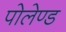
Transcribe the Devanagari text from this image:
पोलेण्ड